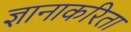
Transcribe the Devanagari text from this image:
ज्ञानाकरिता